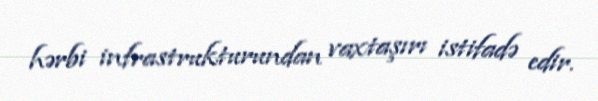
hərbi infrastrukturundan vaxtaşırı istifadə edir.